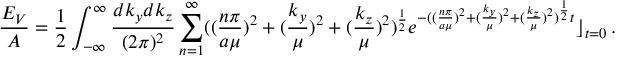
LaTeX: \frac { E _ { V } } { A } = \frac { 1 } { 2 } \int _ { - \infty } ^ { \infty } \frac { d k _ { y } d k _ { z } } { ( 2 \pi ) ^ { 2 } } \sum _ { n = 1 } ^ { \infty } ( ( \frac { n \pi } { a \mu } ) ^ { 2 } + ( \frac { k _ { y } } { \mu } ) ^ { 2 } + ( \frac { k _ { z } } { \mu } ) ^ { 2 } ) ^ { \frac 1 2 } e ^ { - ( ( \frac { n \pi } { a \mu } ) ^ { 2 } + ( \frac { k _ { y } } { \mu } ) ^ { 2 } + ( \frac { k _ { z } } { \mu } ) ^ { 2 } ) ^ { \frac 1 2 } t } \rfloor _ { t = 0 } \, .